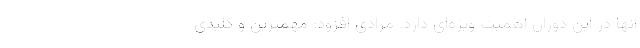
آنها در این دوران اهمیت ویژه‌ای دارد. مرادی افزود: مهمترین و کلیدی